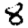
Digit: 8